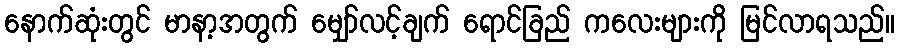
နောက်ဆုံးတွင် မာနာ့အတွက် မျှော်လင့်ချက် ရောင်ခြည် ကလေးများကို မြင်လာရသည်။